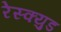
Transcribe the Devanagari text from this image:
रेस्क्युड